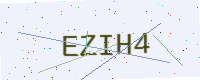
Text: EZIH4